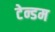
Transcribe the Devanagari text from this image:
टेन्डम